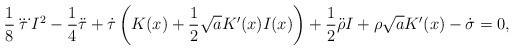
LaTeX: \begin{align*}\frac{1}{8}\dddot{\tau}I^2-\frac{1}{4}\ddot{\tau}+\dot{\tau}\left(K(x)+\frac{1}{2}\sqrt{a}K'(x)I(x)\right)+\frac{1}{2}\ddot{\rho} I + \rho \sqrt{a} K'(x) -\dot{\sigma}=0,\end{align*}